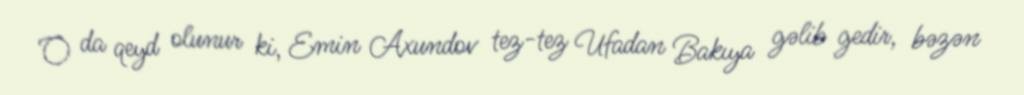
O da qeyd olunur ki, Emin Axundov tez-tez Ufadan Bakıya gəlib gedir, bəzən